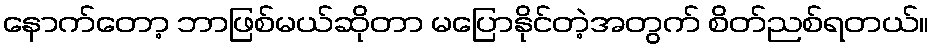
နောက်တော့ ဘာဖြစ်မယ်ဆိုတာ မပြောနိုင်တဲ့အတွက် စိတ်ညစ်ရတယ်။